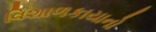
વિશાળકાયાનો